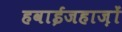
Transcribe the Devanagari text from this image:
हवाईजहाज़ों